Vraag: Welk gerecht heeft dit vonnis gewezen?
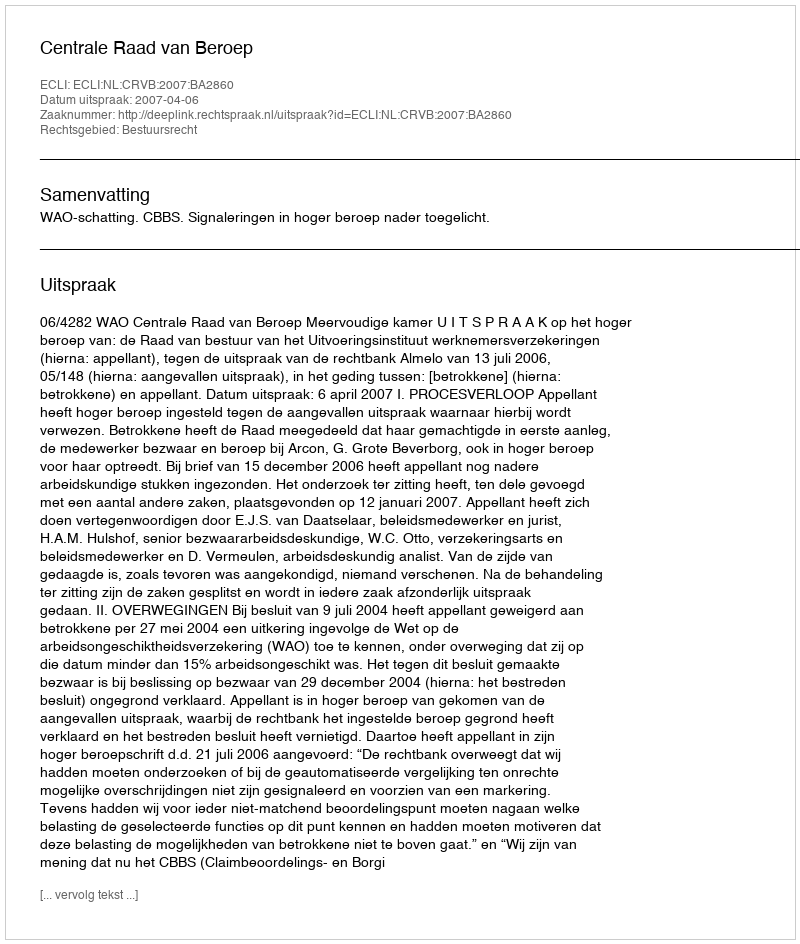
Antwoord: Centrale Raad van Beroep